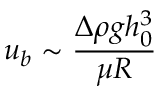
u _ { b } \sim \frac { \Delta \rho g h _ { 0 } ^ { 3 } } { \mu R }